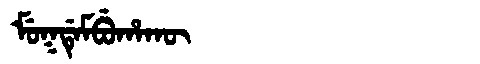
Manchu: ᠮᡠᡴᡩᡝᠮᠪᡠᡥᠠᡴᡡ
Romanization: MUKDEMBUHAKŪ